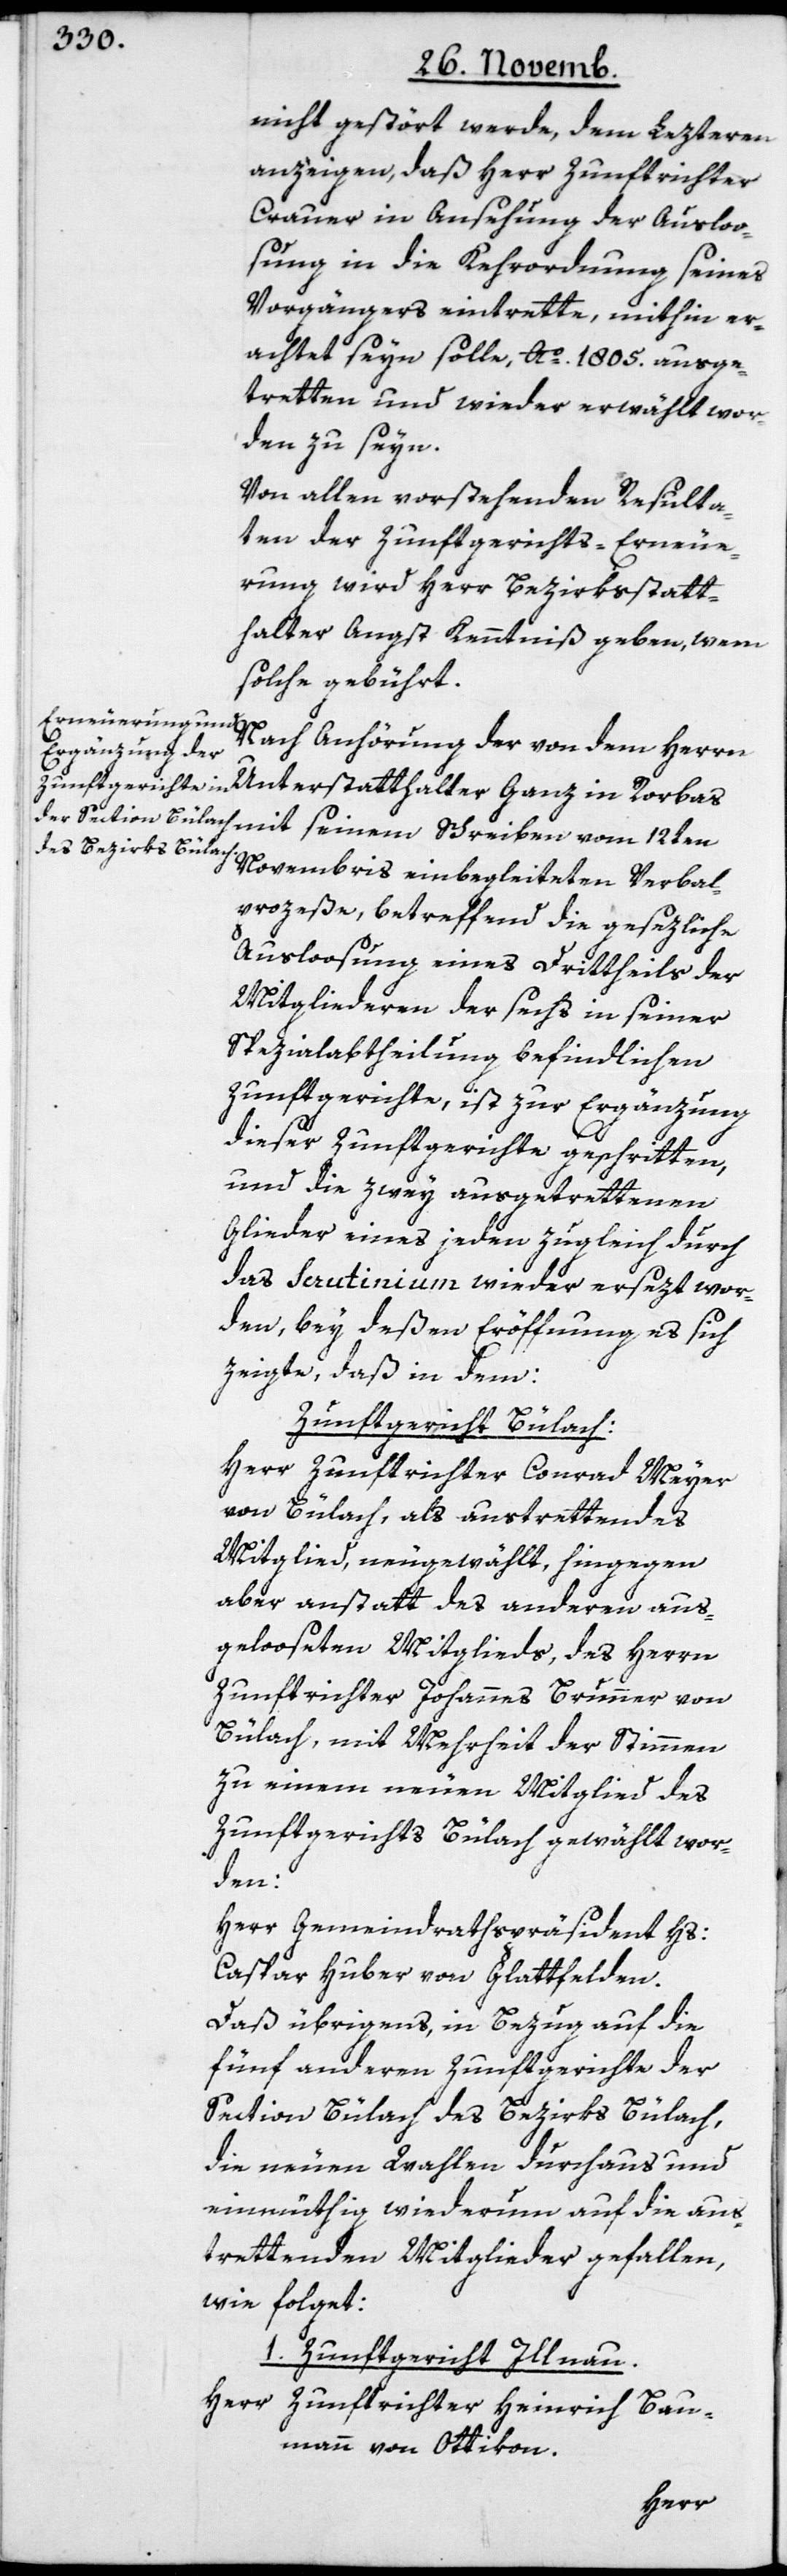
nicht gestört werde, dem Lezteren
anzeigen, daß Herr Zunftrichter
Crauer in Ansehung der Ausloo¬
sung in die Kehrordnung seines
Vorgängers eintrette, mithin er¬
achtet seyn solle, Ao. 1805. ausge¬
tretten und wieder erwählt wor¬
den zu seyn.
Von allen vorstehenden Resulta¬
ten der Zunftgerichts-Erneue¬
rung wird Herr Bezirksstatt¬
halter Angst Kenntniß geben, wem
solche gebührt.
Nach Anhörung der von dem Herrn
Unterstatthalter Ganz in Rorbas
Novembris einbegleiteten Verbal¬
prozeße, betreffend die gesezliche
Ausloosung eines Drittheils der
Mitgliederen der sechs in seiner
Spezialabtheilung befindlichen
Zunftgerichte, ist zur Ergänzung
dieser Zunftgerichte geschritten,
und die zwey ausgetrettenen
Glieder eines jeden zugleich durch
das Scrutinium wieder ersezt wor¬
den, bey deßen Eröffnung es sich
zeigte, daß in dem:
Zunftgericht Bülach:
Herr Zunftrichter Conrad Meyer
von Bülach, als austrettendes
Mitglied, neugewählt, hingegen
aber anstatt des anderen aus¬
gelooseten Mitglieds, des Herrn
Zunftrichter Johannes Brunner von
Bülach, mit Mehrheit der Stimmen
zu einem neuen Mitglied des
Zunftgerichts Bülach gewählt wor¬
den:
Herr Gemeindrathspräsident Hs.
Caspar Huber von Glattfelden.
Daß übrigens, in Bezug auf die
fünf anderen Zunftgerichte der
Section Bülach des Bezirks Bülach,
die neuen Wahlen durchaus und
einmüthig wiederum auf die aus¬
trettenden Mitglieder gefallen,
wie folget:
1. Zunftgericht Illnau.
Herr Zunftrichter Heinrich Bau¬
mann von Ottikon.
seinem